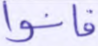
فأذنوا